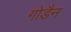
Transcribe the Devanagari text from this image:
गोडैन